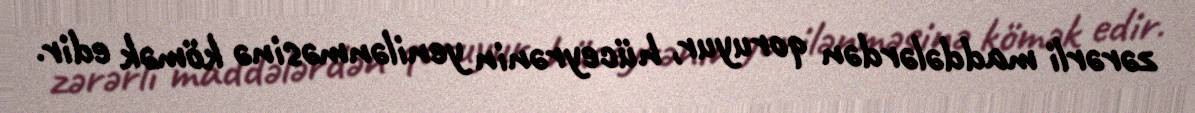
zərərli maddələrdən qoruyur, hüceyrənin yenilənməsinə kömək edir.